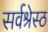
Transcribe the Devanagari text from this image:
सर्वश्रेस्ठ